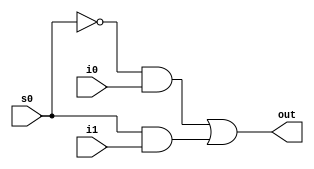
module mux2x1(input i0,i1,s0, output out);
	assign out = (~s0&i0)|(s0&i1);
endmodule

/*OR we can write it as
module mux2x1(input i0,i1,s0, output out ); 
	assign out = s0?i1:i0;  
endmodule*/

/*OR we can write it as
module mux2x1(input i0,i1,s0, output out ); 
	always @(*) begin
		case(s0)
		0 : out = i0;
		1 : out = i1;
	end
endmodule*/

/*OR we can write it as 
module mux2x1(input i0,i1,s0, output out );
	always @(*) begin
	if(s0 = 0)
		out = i0;
	else
		out = i1;
	end
endmodule*/